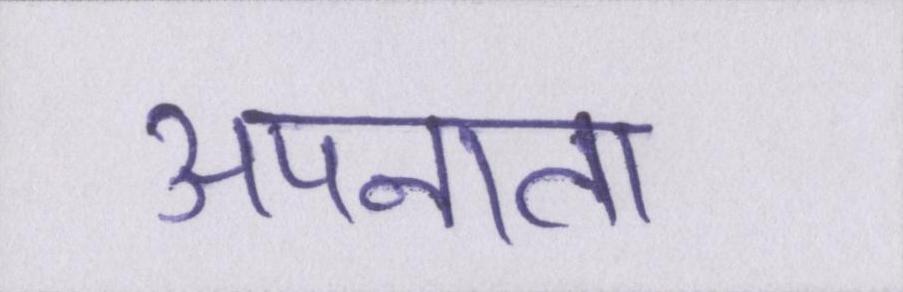
अपनाता